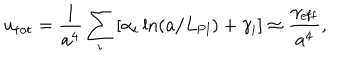
LaTeX: u _ { \mathrm { t o t } } = { \frac { 1 } { a ^ { 4 } } } \sum _ { i } \left[ \alpha _ { i } \ln ( a / L _ { \mathrm { P l } } ) + \gamma _ { i } \right] \approx { \frac { \gamma _ { \mathrm { e f f } } } { a ^ { 4 } } } ,